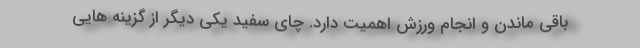
باقی ماندن و انجام ورزش اهمیت دارد. چای سفید یکی دیگر از گزینه هایی